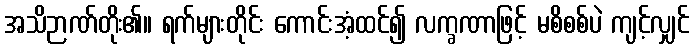
အသိဉာဏ်တိုး၏။ ရက်များတိုင်း ကောင်းအံ့ထင်၍ လက္ခဏာဖြင့် မစိစစ်ပဲ ကျင့်လျှင်